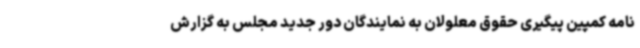
نامه کمپین پیگیری حقوق معلولان به نمایندگان دور جدید مجلس به گزارش